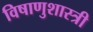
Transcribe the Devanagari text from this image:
विषाणुशास्त्री